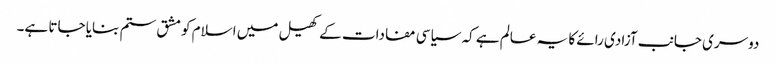
دوسری جانب آزادی رائے کا یہ عالم ہے کہ سیاسی مفادات کے کھیل میں اسلام کو مشق ستم بنایا جاتا ہے۔